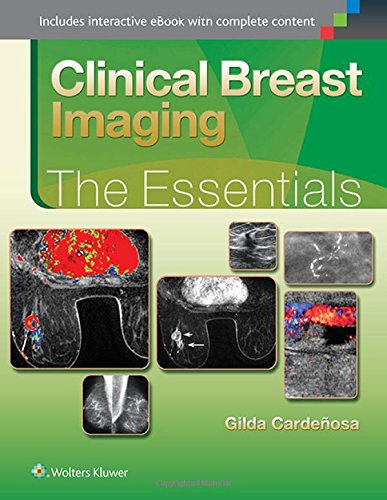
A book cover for Clinical Breast Imaging: The Essentials; Gilda Cardenosa MD  FACR; Health, Fitness & Dieting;